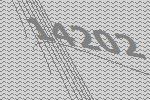
14202